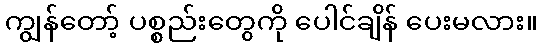
ကျွန်တော့် ပစ္စည်းတွေကို ပေါင်ချိန် ပေးမလား။